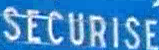
SECURISE